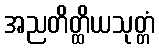
အညတိတ္ထိယသုတ္တံ